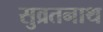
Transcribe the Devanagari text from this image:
सुव्रतनाथ